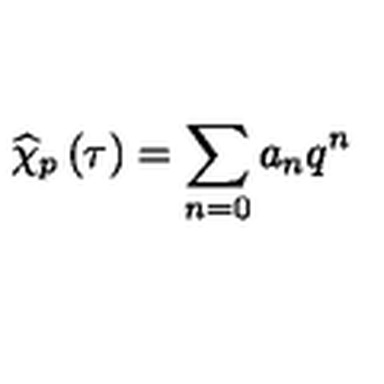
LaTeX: \widehat { \chi } _ { p } \left( \tau \right) = \sum _ { n = 0 } a _ { n } q ^ { n }